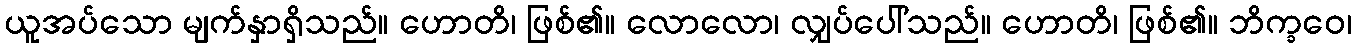
ယူအပ်သော မျက်နှာရှိသည်။ ဟောတိ၊ ဖြစ်၏။ လောလော၊ လျှပ်ပေါ်သည်။ ဟောတိ၊ ဖြစ်၏။ ဘိက္ခဝေ၊